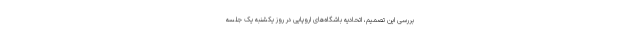
بررسی این تصمیم، اتحادیه‌ باشگاه‌های اروپایی در روز یکشنبه یک جلسه